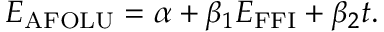
E _ { \mathrm { A F O L U } } = \alpha + \beta _ { 1 } E _ { \mathrm { F F I } } + \beta _ { 2 } t .